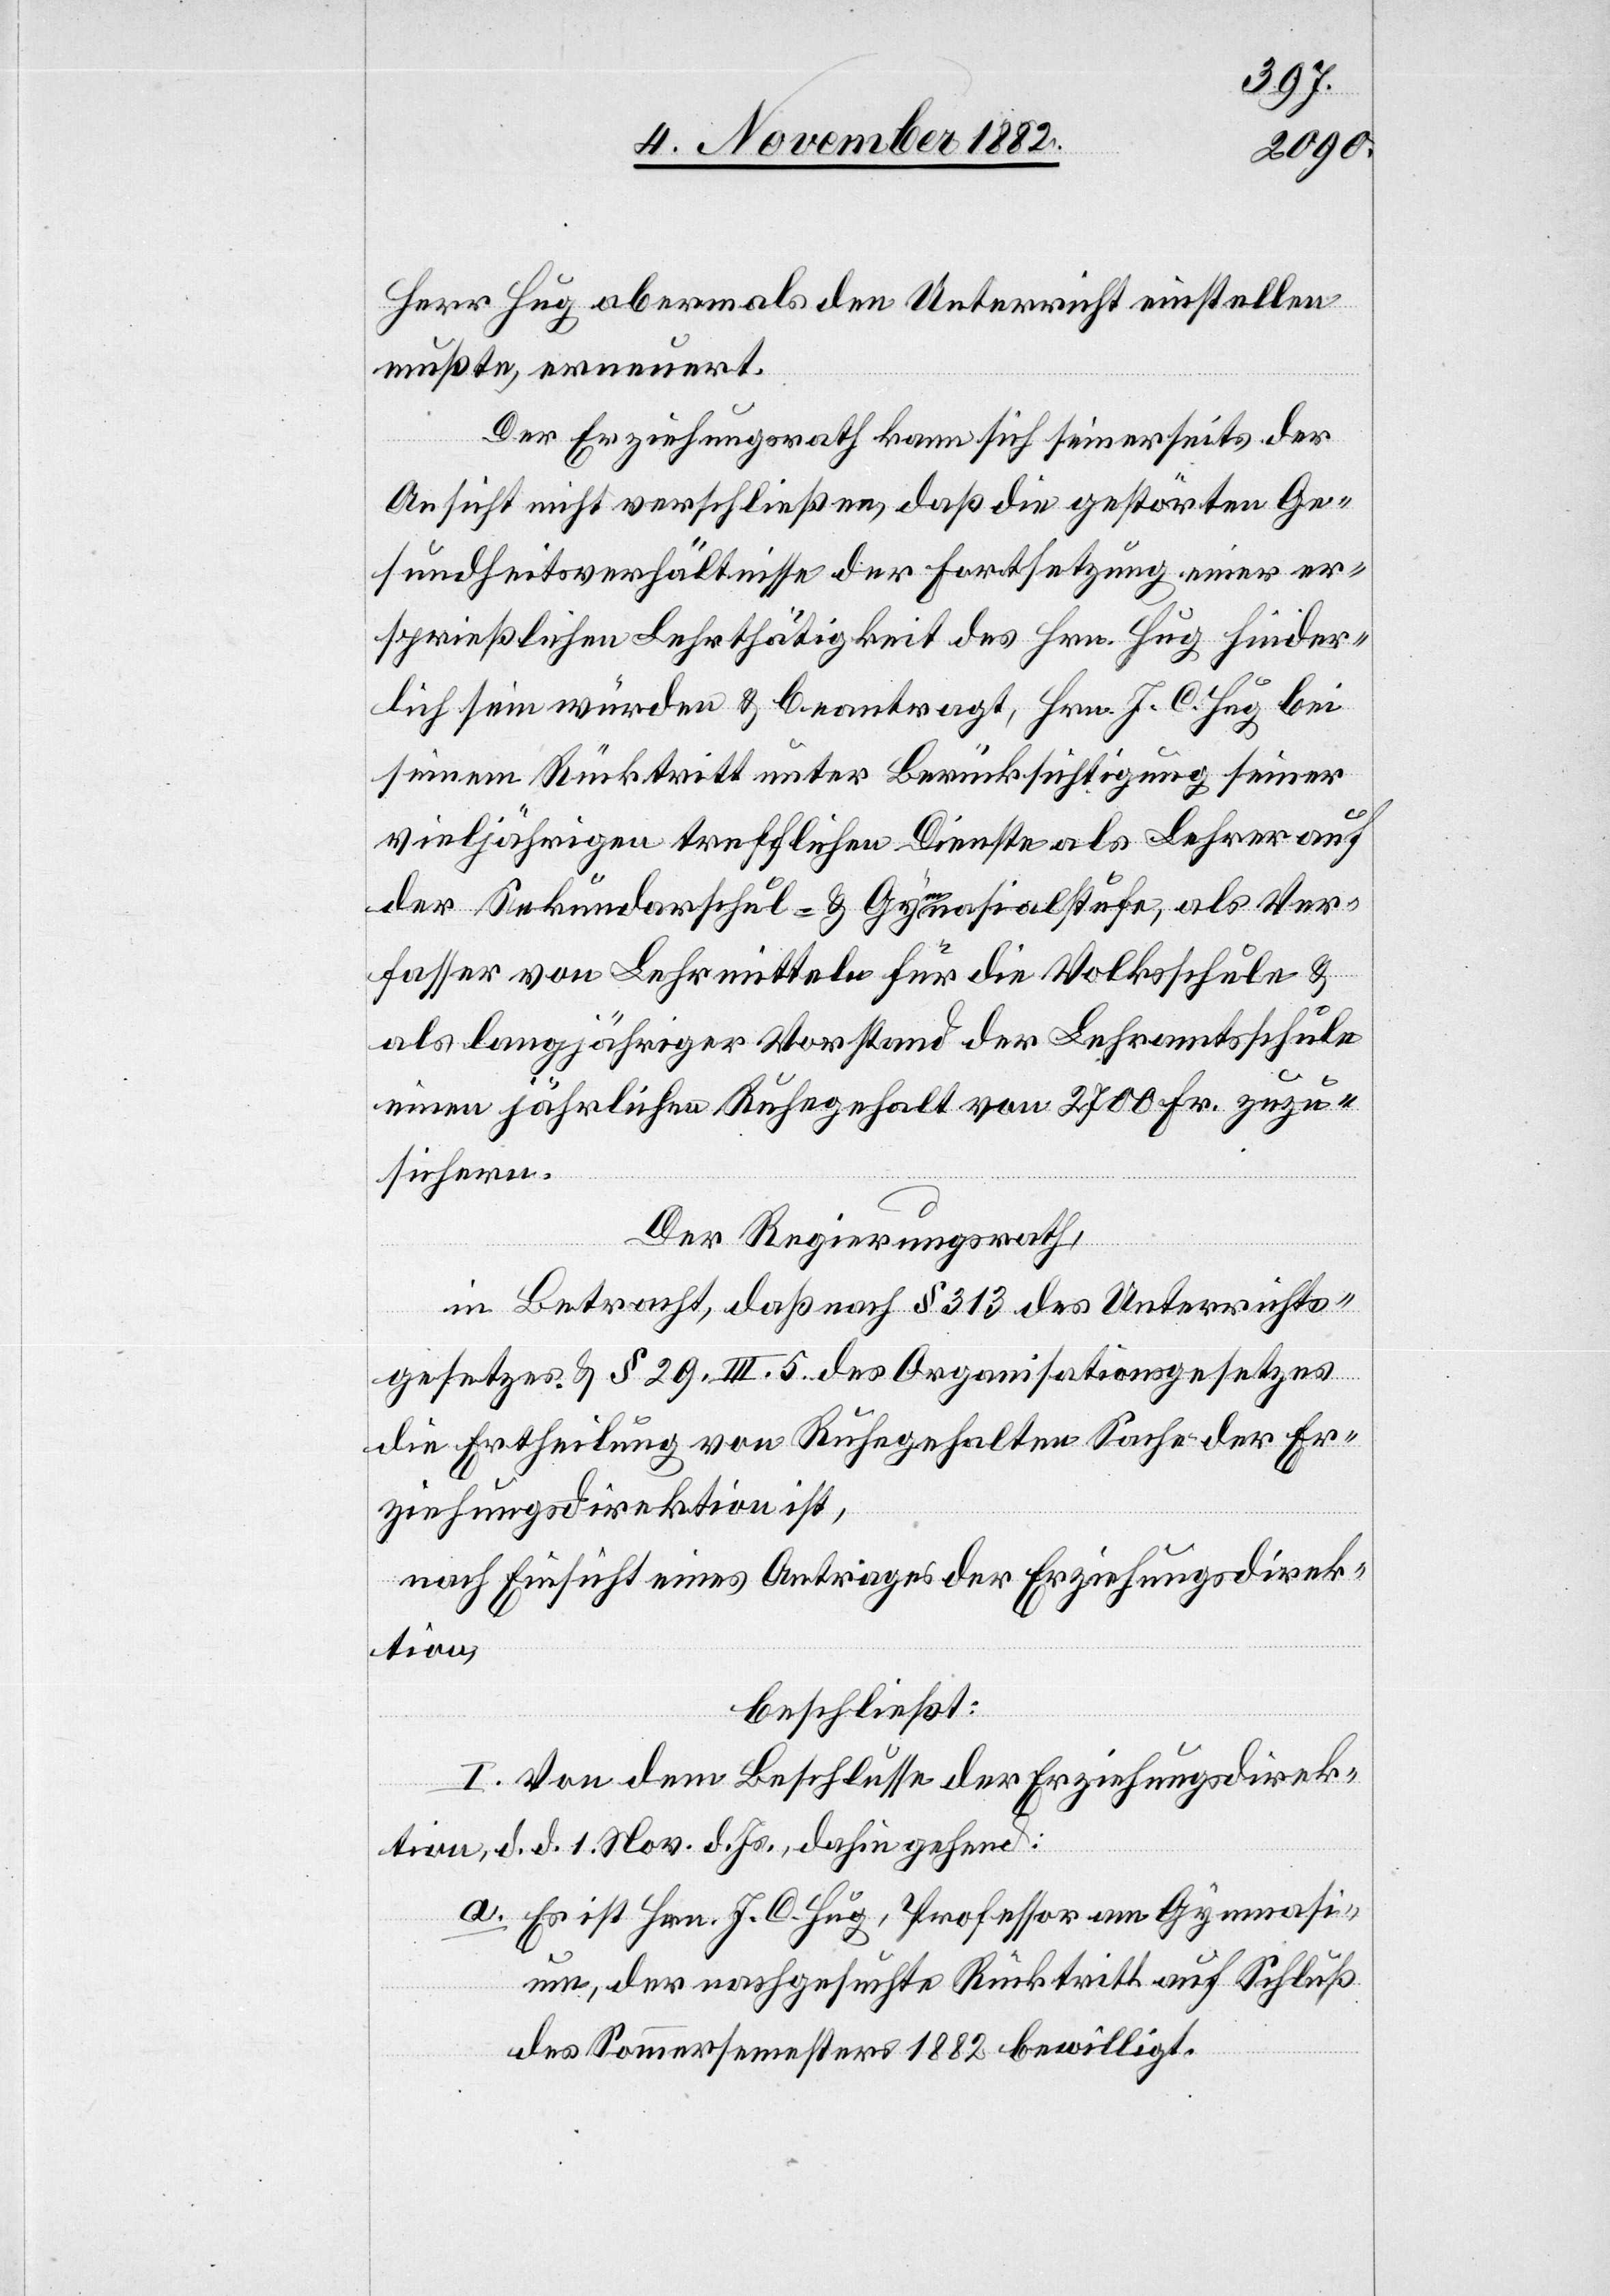
Herr Hug abermals den Unterricht einstellen
mußte, erneuert.
Der Erziehungsrath kann sich seinerseits der
Ansicht nicht verschließen, daß die gestörten Ge¬
sundheitsverhältnisse der Fortsetzung einer er¬
sprießlichen Lehrthätigkeit des Hrn. Hug hinder¬
lich sein würden & beantragt, Hrn. J. C. Hug bei
seinem Rücktritt unter Berücksichtigung seiner
vieljährigen trefflichen Dienste als Lehrer auf
der Sekundarschul- & Gymnasialstufe, als Ver¬
fasser von Lehrmitteln für die Volksschule &
als langjähriger Vorstand der Lehramtsschule
einen jährlichen Ruhegehalt von 2700 Fr. zuzu¬
sichern.
Der Regierungsrath,
in Betracht, daß nach § 313 des Unterrichts¬
gesetzes & § 29. III. 5 des Organisationsgesetzes
die Ertheilung von Ruhegehalten Sache der Er¬
ziehungsdirektion ist,
nach Einsicht eines Antrages der Erziehungsdirek¬
tion,
beschließt:
I. Von dem Beschlusse der Erziehungsdirek¬
tion, d. d. 1. Nov. d. Js., dahingehend:
a. Es ist Hrn. J. C. Hug, Professor am Gymnasi¬
um, der nachgesuchte Rücktritt auf Schluß
des Sommersemesters 1882 bewilligt.